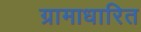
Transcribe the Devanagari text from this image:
ग्रामाधारित